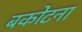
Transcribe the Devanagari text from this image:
बकोटना